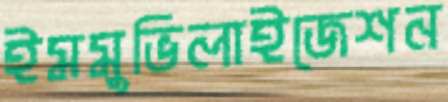
ইমমুভিলাইজেশন